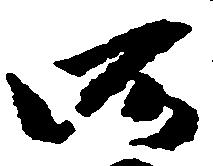
所